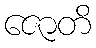
ဇောတိ